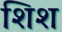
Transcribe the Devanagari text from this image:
शिश